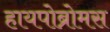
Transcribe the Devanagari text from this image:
हायपोब्रोमस